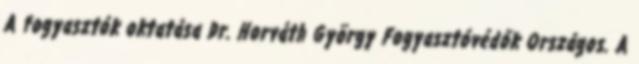
A fogyasztók oktatása Dr. Horváth György Fogyasztóvédők Országos. A